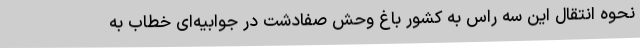
نحوه انتقال این‌ سه راس به کشور باغ وحش صفادشت در جوابیه‌ای خطاب به